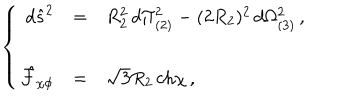
LaTeX: \left\{ \begin{array} { r c l } { { d \hat { s } ^ { 2 } } } & { { = } } & { { R _ { 2 } ^ { 2 } \, d \Pi _ { ( 2 ) } ^ { 2 } - ( 2 R _ { 2 } ) ^ { 2 } \, d \Omega _ { ( 3 ) } ^ { 2 } \, , } } \\ { { } } & { { } } & { { } } \\ { { \hat { \mathcal { F } } _ { \chi \phi } } } & { { = } } & { { \sqrt { 3 } R _ { 2 } \, \mathrm { c h } \chi \, , } } \\ \end{array} \right.